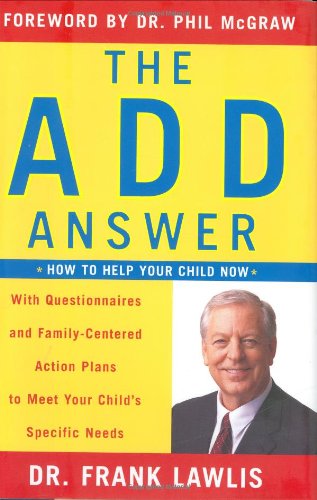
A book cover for The ADD Answer: How to Help Your Child Now--With Questionnaires and Family-Centered Action Plans to Meet Your Child's Specific Needs; Frank Lawlis; Parenting & Relationships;